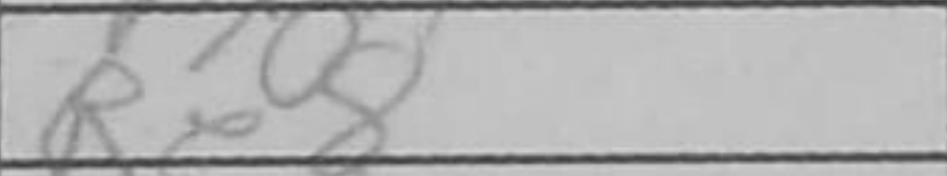
Transcription: Re8